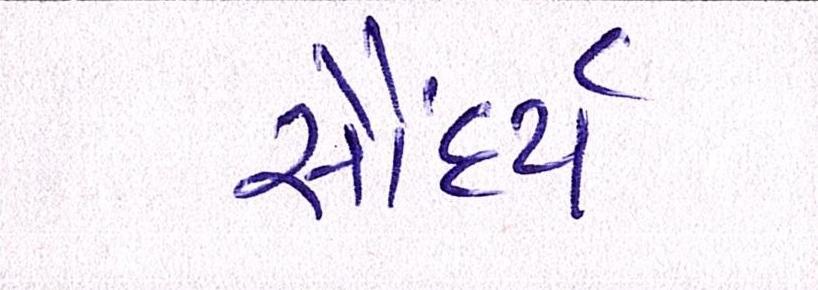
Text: સૌંદર્ય